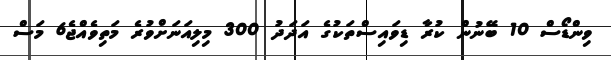
ވިންޑޯސް 10 ބޭނުން ކުރާ ޑިވައިސްތަކުގެ އަދަދު 300 މިލިއަނަށްވުރެ މަތިވެއްޖެ6 މަސް